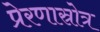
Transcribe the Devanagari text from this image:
प्रेरणास्रोत्र